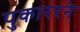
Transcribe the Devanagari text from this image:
पुकाररने